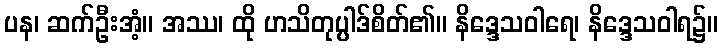
ပန၊ ဆက်ဦးအံ့။ အဿ၊ ထို ဟသိတုပ္ပါဒ်စိတ်၏။ နိဒ္ဒေသဝါရေ၊ နိဒ္ဒေသဝါရ၌။